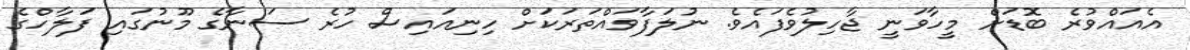
އެއައްވުރެ ބޮޑަށް މީހާވަނީ ޖާހިލުވެފައެވެ. ނުލަފާވައްތަރަކަށް ހިނިއައިސް ހުރެ ސަނާގެ މޫނުގައި ފަލާހްގެ